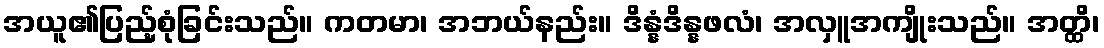
အယူ၏ပြည့်စုံခြင်းသည်။ ကတမာ၊ အဘယ်နည်း။ ဒိန္နံဒိန္နဖလံ၊ အလှူအကျိုးသည်။ အတ္ထိ၊